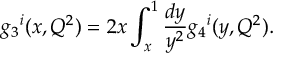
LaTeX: { g _ { 3 } } ^ { i } ( x , Q ^ { 2 } ) = 2 x \int _ { x } ^ { 1 } \frac { d y } { y ^ { 2 } } { g _ { 4 } } ^ { i } ( y , Q ^ { 2 } ) .